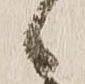
候